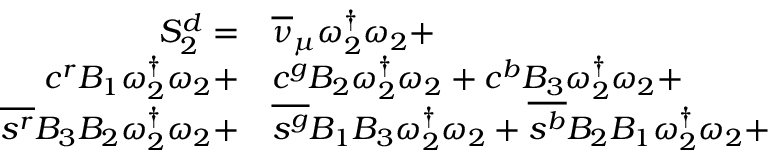
\begin{array} { r l } { S _ { 2 } ^ { d } = } & { { } { \overline { { \nu } } _ { \mu } } \omega _ { 2 } ^ { \dagger } \omega _ { 2 } + } \\ { { c } ^ { r } { B _ { 1 } } \omega _ { 2 } ^ { \dagger } \omega _ { 2 } + } & { { } { c } ^ { g } { B _ { 2 } } \omega _ { 2 } ^ { \dagger } \omega _ { 2 } + { c } ^ { b } { B _ { 3 } } \omega _ { 2 } ^ { \dagger } \omega _ { 2 } + } \\ { \overline { { s ^ { r } } } { B _ { 3 } } { B _ { 2 } } \omega _ { 2 } ^ { \dagger } \omega _ { 2 } + } & { { } \overline { { s ^ { g } } } { B _ { 1 } } { B _ { 3 } } \omega _ { 2 } ^ { \dagger } \omega _ { 2 } + \overline { { s ^ { b } } } { B _ { 2 } } { B _ { 1 } } \omega _ { 2 } ^ { \dagger } \omega _ { 2 } + } \end{array}